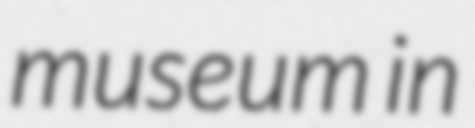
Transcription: museum in